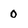
Character: 0